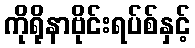
ကိုရိုနာဗိုင်းရပ်စ်နှင့်